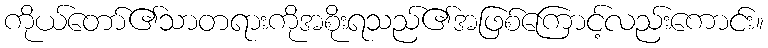
ကိုယ်တော်၏သာတရားကိုအစိုးရသည်၏အဖြစ်ကြောင့်လည်းကောင်း။